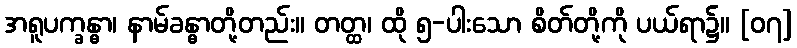
အရူပက္ခန္ဓာ၊ နာမ်ခန္ဓာတို့တည်း။ တတ္ထ၊ ထို ၅-ပါးသော စိတ်တို့ကို ပယ်ရာ၌။ [၀၇]